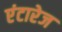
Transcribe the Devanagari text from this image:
एंटारेज